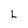
Character: L